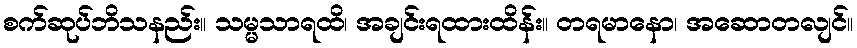
စက်ဆုပ်ဘိသနည်း။ သမ္မသာရထိ၊ အချင်းရထားထိန်း။ တရမာနော၊ အဆောတလျင်။